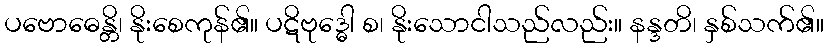
ပဗောဓေန္တိ၊ နိုးစေကုန်၏။ ပဋိဗုဒ္ဓေါ စ၊ နိုးသောငါသည်လည်း။ နန္ဒတိ၊ နှစ်သက်၏။